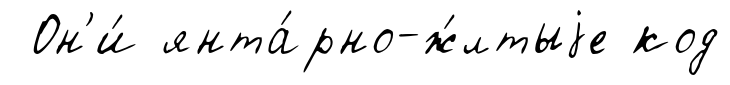
Он'и́ янта́рно-ж́лтыjе код